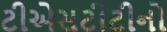
ટીએસટીટીનો